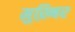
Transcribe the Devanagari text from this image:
मुख़्बिर